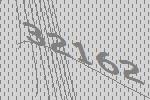
32162